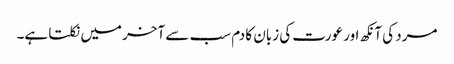
مرد کی آنکھ اور عورت کی زبان کا دم سب سے آخر میں نکلتا ہے۔